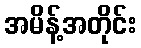
အမိန့်အတိုင်း